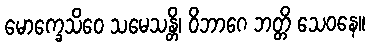
မောက္ခေသိဝေ သမေသန္တိ၊ ဝိဘာဂေ ဘတ္တိ သေဝနေ။